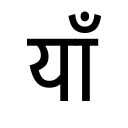
OCR:
याँ